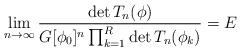
LaTeX: \begin{align*}\lim_{n\to\infty} \frac{\det T_n(\phi)}{G[\phi_0]^n \prod_{k=1}^R \det T_n(\phi_k)}=E\end{align*}